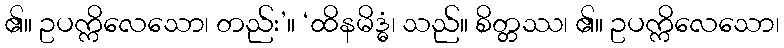
၏။ ဥပက္ကိလေသော၊ တည်း’။ ‘ထိနမိဒ္ဓံ၊ သည်။ စိတ္တဿ၊ ၏။ ဥပက္ကိလေသော၊